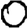
Digit: 0